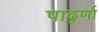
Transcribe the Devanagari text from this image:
पाढुर्णा